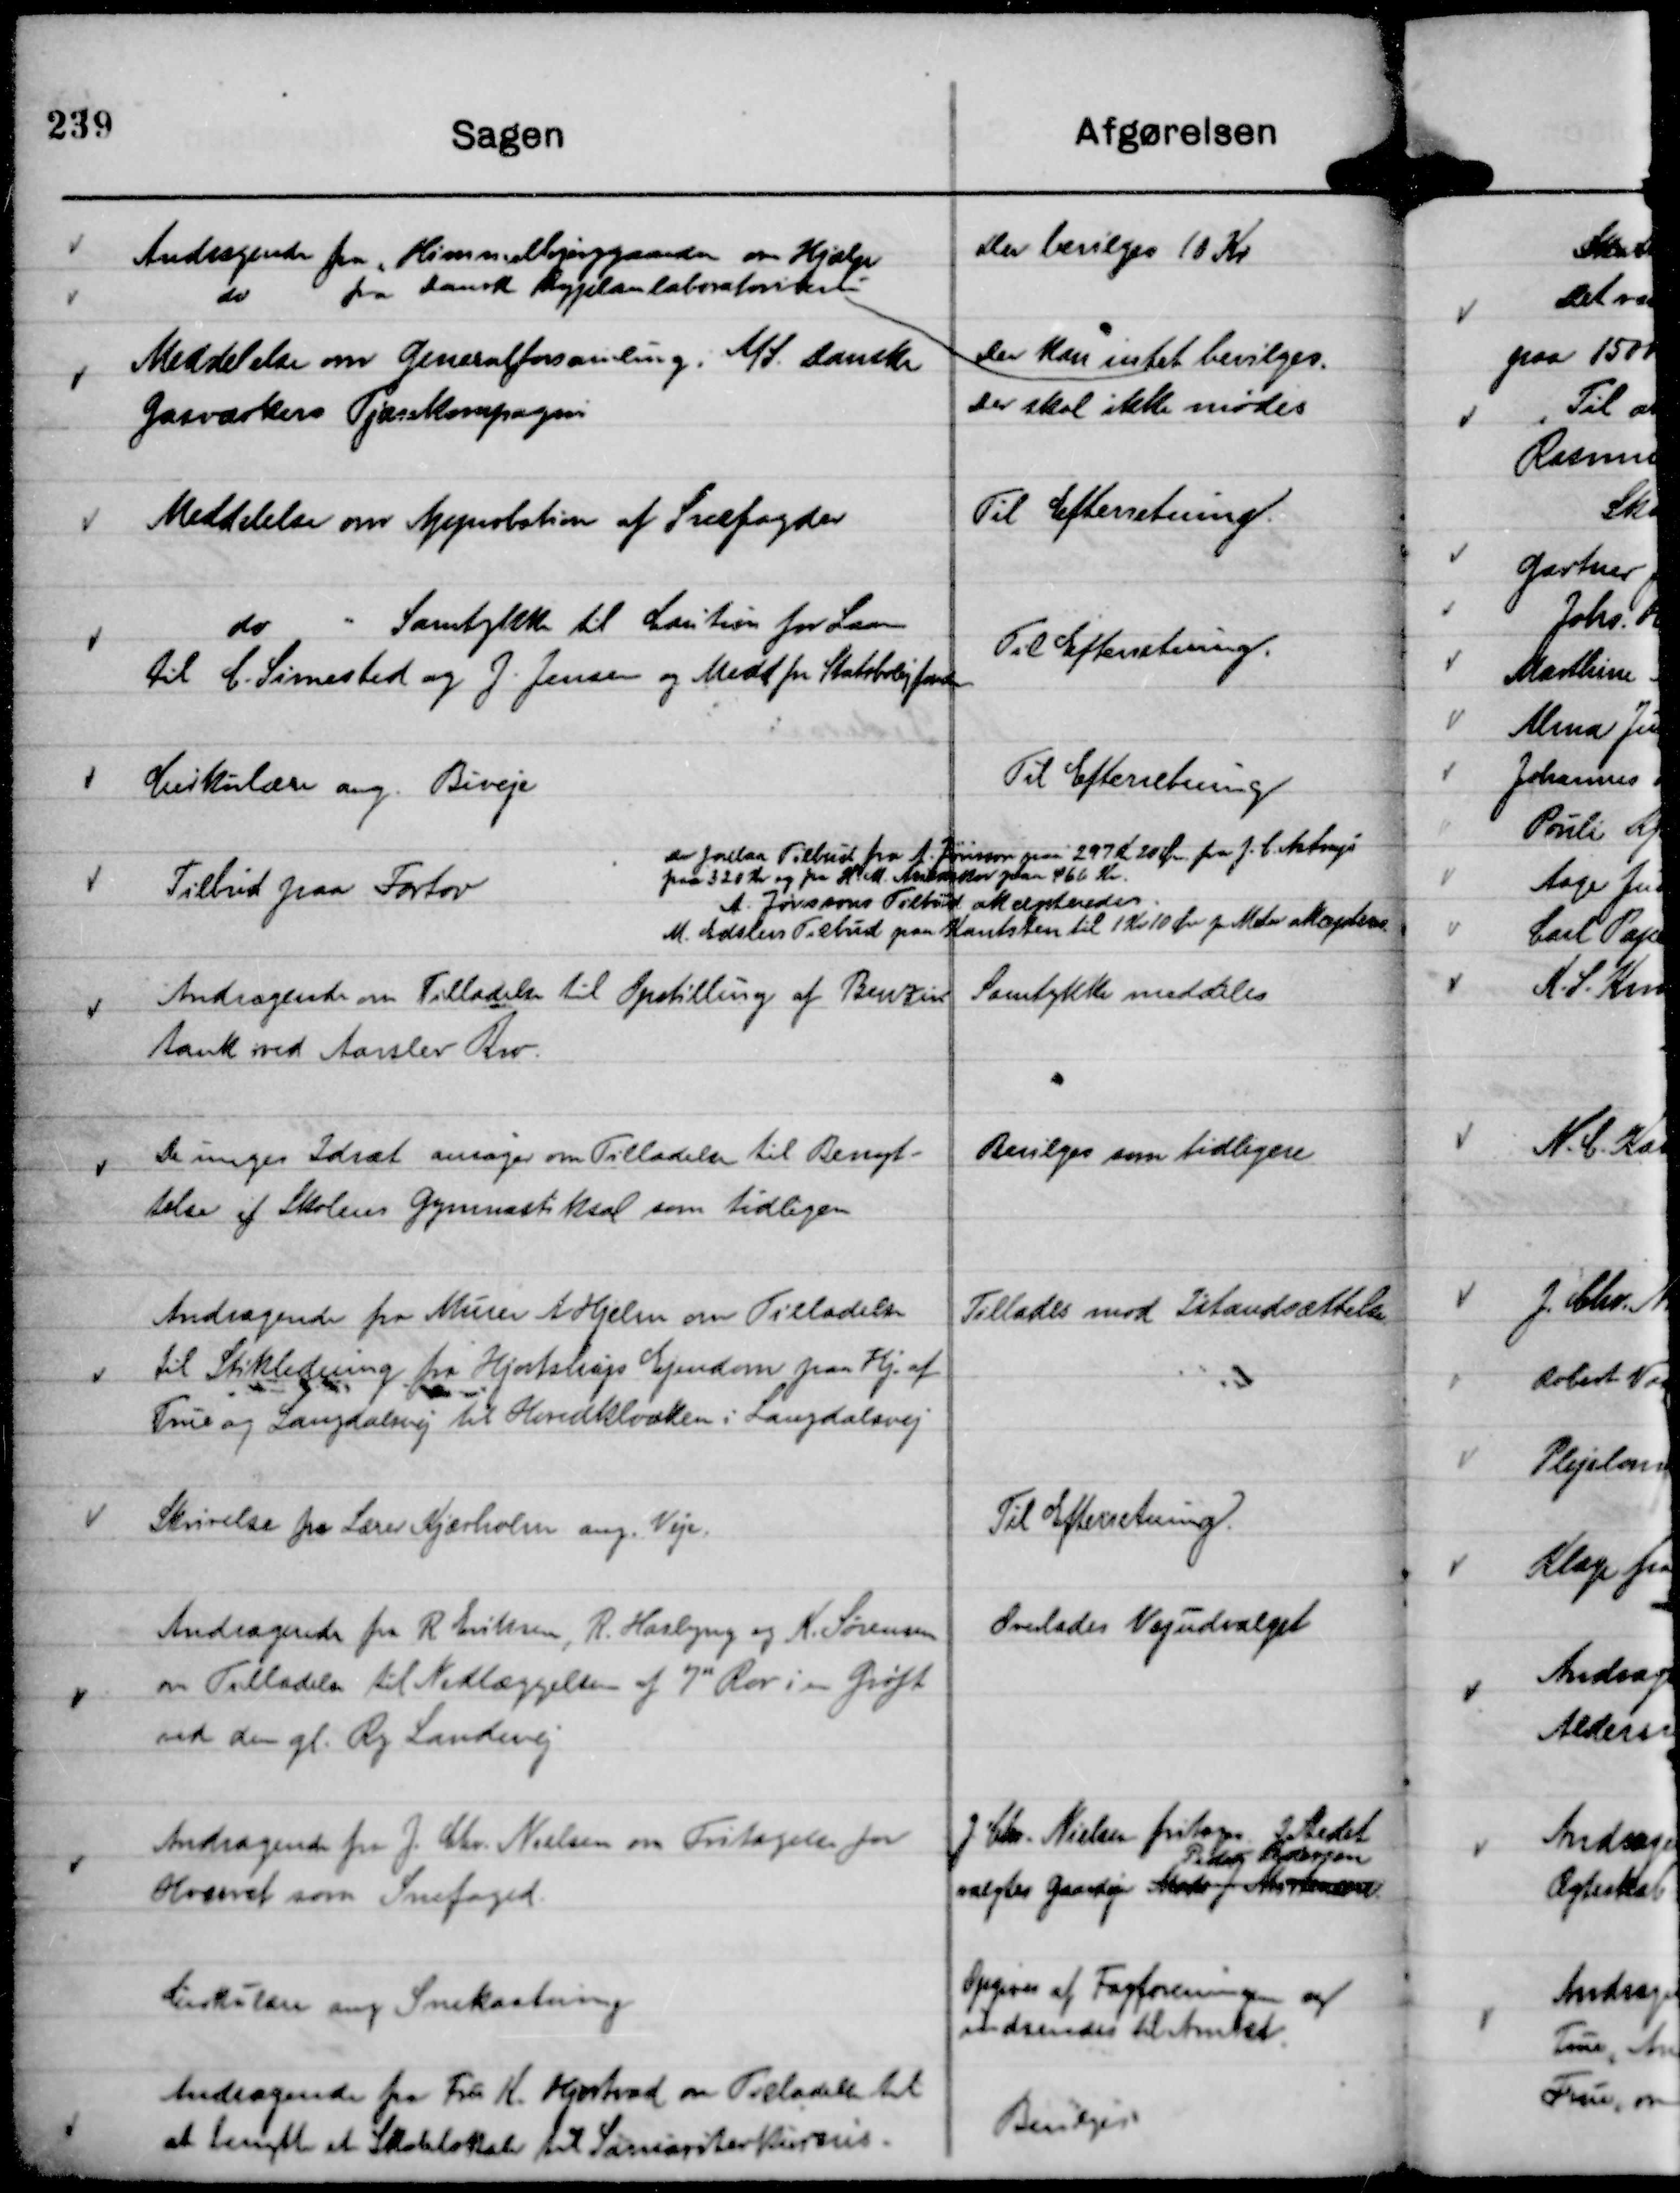
Transskription:
Andragende fra " Himmelbjerggaarden om Hjælp

Der bevilges 10 Kr

do
fra Dansk Byplanlaboratorium

Der kan intet bevilges.

Meddelse om Generalforsamling i A/S. Danske
Gasværkers Tjærekompagni

Der skal ikke mødes

Meddelelse om Approbation af Snefogder

Til Efterretning.

do " Samtykke til Caution for Laan
til C. Simested og J. Jensen og Medd fra Statsboligfonden

Til Efterretning.

Cirkulære ang. Biveje

Til Efterretning

Tilbud paa Fortov

Der forelaa Tilbud fra A. Jønsson paa 297 Kr 20 Øre fra J. C. Astrup
paa 320 Kr og fra H. M. Arildskov paa 466 Kr.
A. Jønssons Tilbud akcepteredes.
M. Edslevs Tilbud paa Kantsten til 1 Kr 10 Øre pr Meter akcepteres.

Andragende om Tilladelse til Opstilling af Benzin
tank ved Aarslev Kro.

Samtykke meddeles

De unges Idræt ansøger om Tilladelse til Benyt-
telse af Skolens Gymnastiksal som tidligere

Bevilges som tidligere

Andragende fra Murer A Hjelm om Tilladelse
til Stikledning fra Hjortshøjs Ejendom paa Hj. af
True og Langdalsvej til Hovedkloaken i Langdalsvej

Tillades mod Istandsættelse

Skrivelse fra Lærer Kjærholm ang. Veje.

Til Efterretning.

Andragende fra R Eriksen, R Haslyng og K. Sørensen
om Tilladelse til Nedlæggelse af
nye
Rør i en Grøft
ved den gl. Ry Landevej

Overlades Vejudvalget

Andragende fra J. Chr. Nielsen om Fritagelse for
Hvervet som Snefoged.

J. Chr. Nielsen fritoges. I Stedet
valgtes Gaardejer Mads J. Mortensen
Peder Pedersen

Cirkulære ang Snekastning

Opgives af Fagforeningen og
indsendes til Amtet.

Andragende fra Frk K. Hjortvad om Tilladelse til
at benytte et Skolelokale til Samariterkursus.

Bevilges.